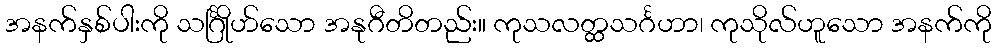
အနက်နှစ်ပါးကို သင်္ဂြိုဟ်သော အနုဂီတိတည်း။ ကုသလတ္ထသင်္ဂဟာ၊ ကုသိုလ်ဟူသော အနက်ကို